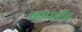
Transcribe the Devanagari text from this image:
कम्पर्सास